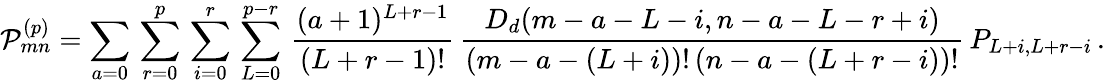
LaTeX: {\cal P}_{mn}^{(p)}=\sum_{a=0}\, \sum_{r=0}^{p}\, \sum_{i=0}^{r}\, \sum_{L=0}^{p-r}\, \frac{(a+1)^{L+r-1}}{(L+r-1)!}\, \frac{D_{d}(m-a-L-i,n-a-L-r+i)}{(m-a-(L+i))!\, (n-a-(L+r-i))!}\, P_{L+i,L+r-i}\, .